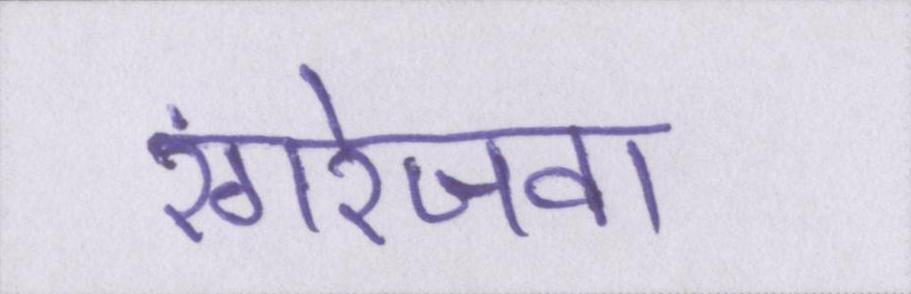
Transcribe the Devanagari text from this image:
रंगरेजवा